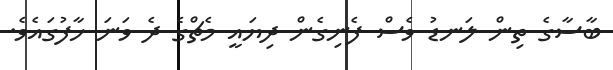
ބާސާގެ ތިން ލަނޑު ވެސް ފެނިގެން ދިޔައީ މެޗްގެ ދެ ވަނަ ހާފުގައެވެ.